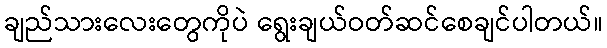
ချည်သားလေးတွေကိုပဲ ရွေးချယ်ဝတ်ဆင်စေချင်ပါတယ်။